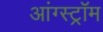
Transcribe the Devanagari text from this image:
आंग्स्ट्रॉम